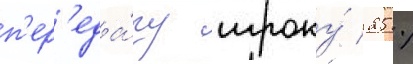
п'ер'еда́чу игроку́ 25 %